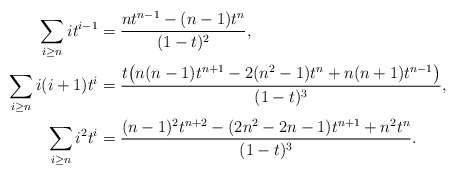
\begin{align*}\sum_{i\geq n}i t^{i-1} &= \frac{nt^{n-1}-(n-1)t^n}{(1-t)^2},\\\sum_{i\geq n}i(i+1) t^i &= \frac{t\bigl(n(n-1)t^{n+1}-2(n^2-1)t^n+n(n+1)t^{n-1}\bigr)}{(1-t)^{3}},\\\sum_{i\geq n}i^2 t^{i} &= \frac{(n-1)^2t^{n+2}-(2n^2-2n-1)t^{n+1}+n^2t^n}{(1-t)^3}.\end{align*}